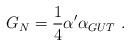
LaTeX: \begin{align*}G_N = {1 \over 4} {\alpha}' {\alpha}_{GUT} \ . \end{align*}